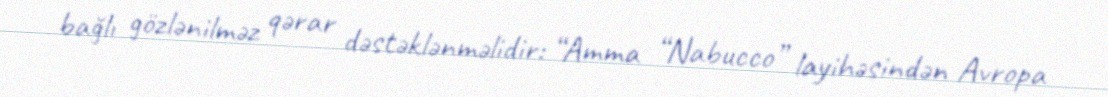
bağlı gözlənilməz qərar dəstəklənməlidir: “Amma “Nabucco” layihəsindən Avropa